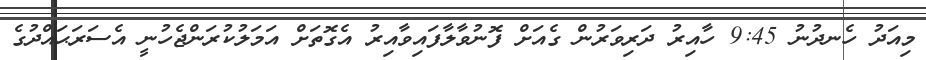
މިއަދު ހެނދުނު 9:45 ހާއިރު ދަރިވަރުން ގެއަށް ފޮނުވާލާފައިވާއިރު އެގޮތަށް އަމަލުކުރަންޖެހުނީ އެސަރަޙައްދުގެ